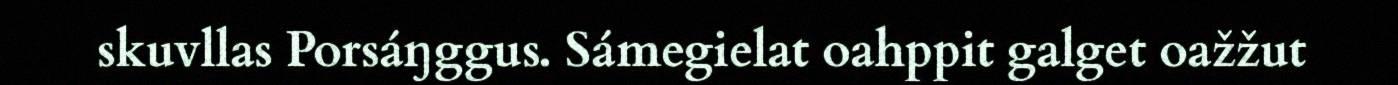
skuvllas Porsáŋggus. Sámegielat oahppit galget oažžut